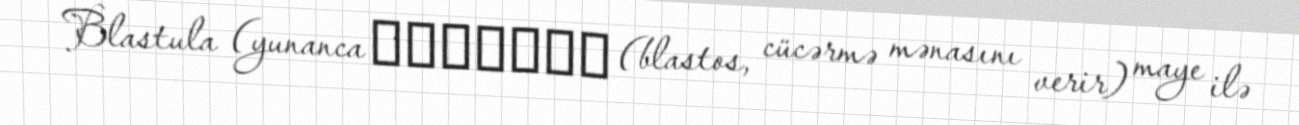
Blastula (yunanca βλαστός (blastos, cücərmə mənasını verir) maye ilə